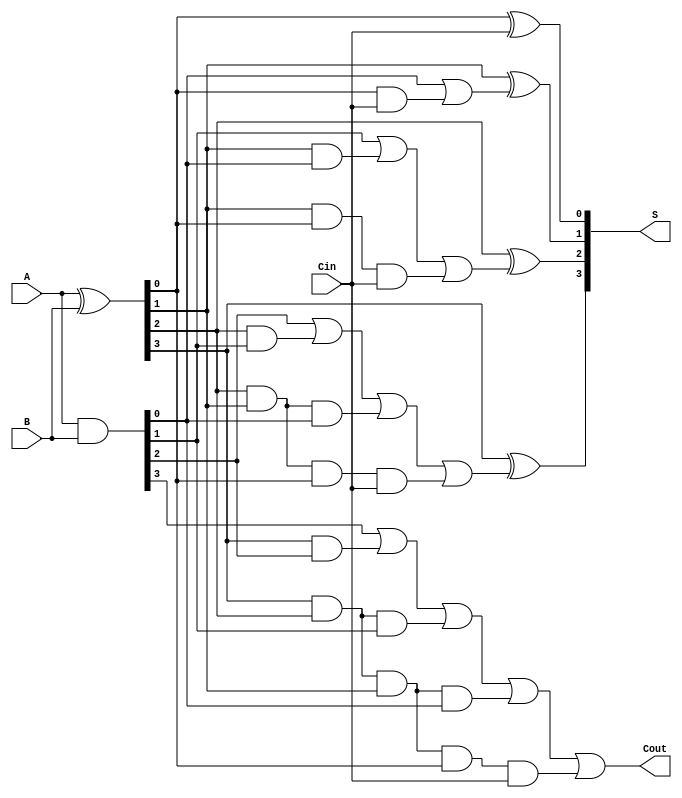
module Sklansky_Adder #(parameter N = 4) (
    input  [N-1:0] A,      // First n-bit input
    input  [N-1:0] B,      // Second n-bit input
    input         Cin,      // Carry-in
    output [N-1:0] S,      // n-bit sum output
    output        Cout      // Carry-out
);

    wire [N-1:0] G;        // Generate signals
    wire [N-1:0] P;        // Propagate signals
    wire [N:0] C;          // Carry signals

    // Generate and Propagate signals
    assign G = A & B;          // Generate
    assign P = A ^ B;          // Propagate

    // Carry Generation
    assign C[0] = Cin;         // C[0] is the input carry
    genvar i;
    generate
        for (i = 0; i < N; i = i + 1) begin : carry_generation
            if (i == 0) begin
                assign C[1] = G[0] | (P[0] & Cin);
            end else if (i == 1) begin
                assign C[2] = G[1] | (P[1] & G[0]) | (P[1] & P[0] & Cin);
            end else if (i == 2) begin
                assign C[3] = G[2] | (P[2] & G[1]) | (P[2] & P[1] & G[0]) | (P[2] & P[1] & P[0] & Cin);
            end else if (i == 3) begin
                assign C[4] = G[3] | (P[3] & G[2]) | (P[3] & P[2] & G[1]) | (P[3] & P[2] & P[1] & G[0]) | (P[3] & P[2] & P[1] & P[0] & Cin);
            end
            // Add more levels here for larger N
        end
    endgenerate

    // Sum Calculation
    generate
        for (i = 0; i < N; i = i + 1) begin : sum_calculation
            assign S[i] = P[i] ^ C[i];
        end
    endgenerate

    // Final Carry-Out
    assign Cout = C[N];

endmodule